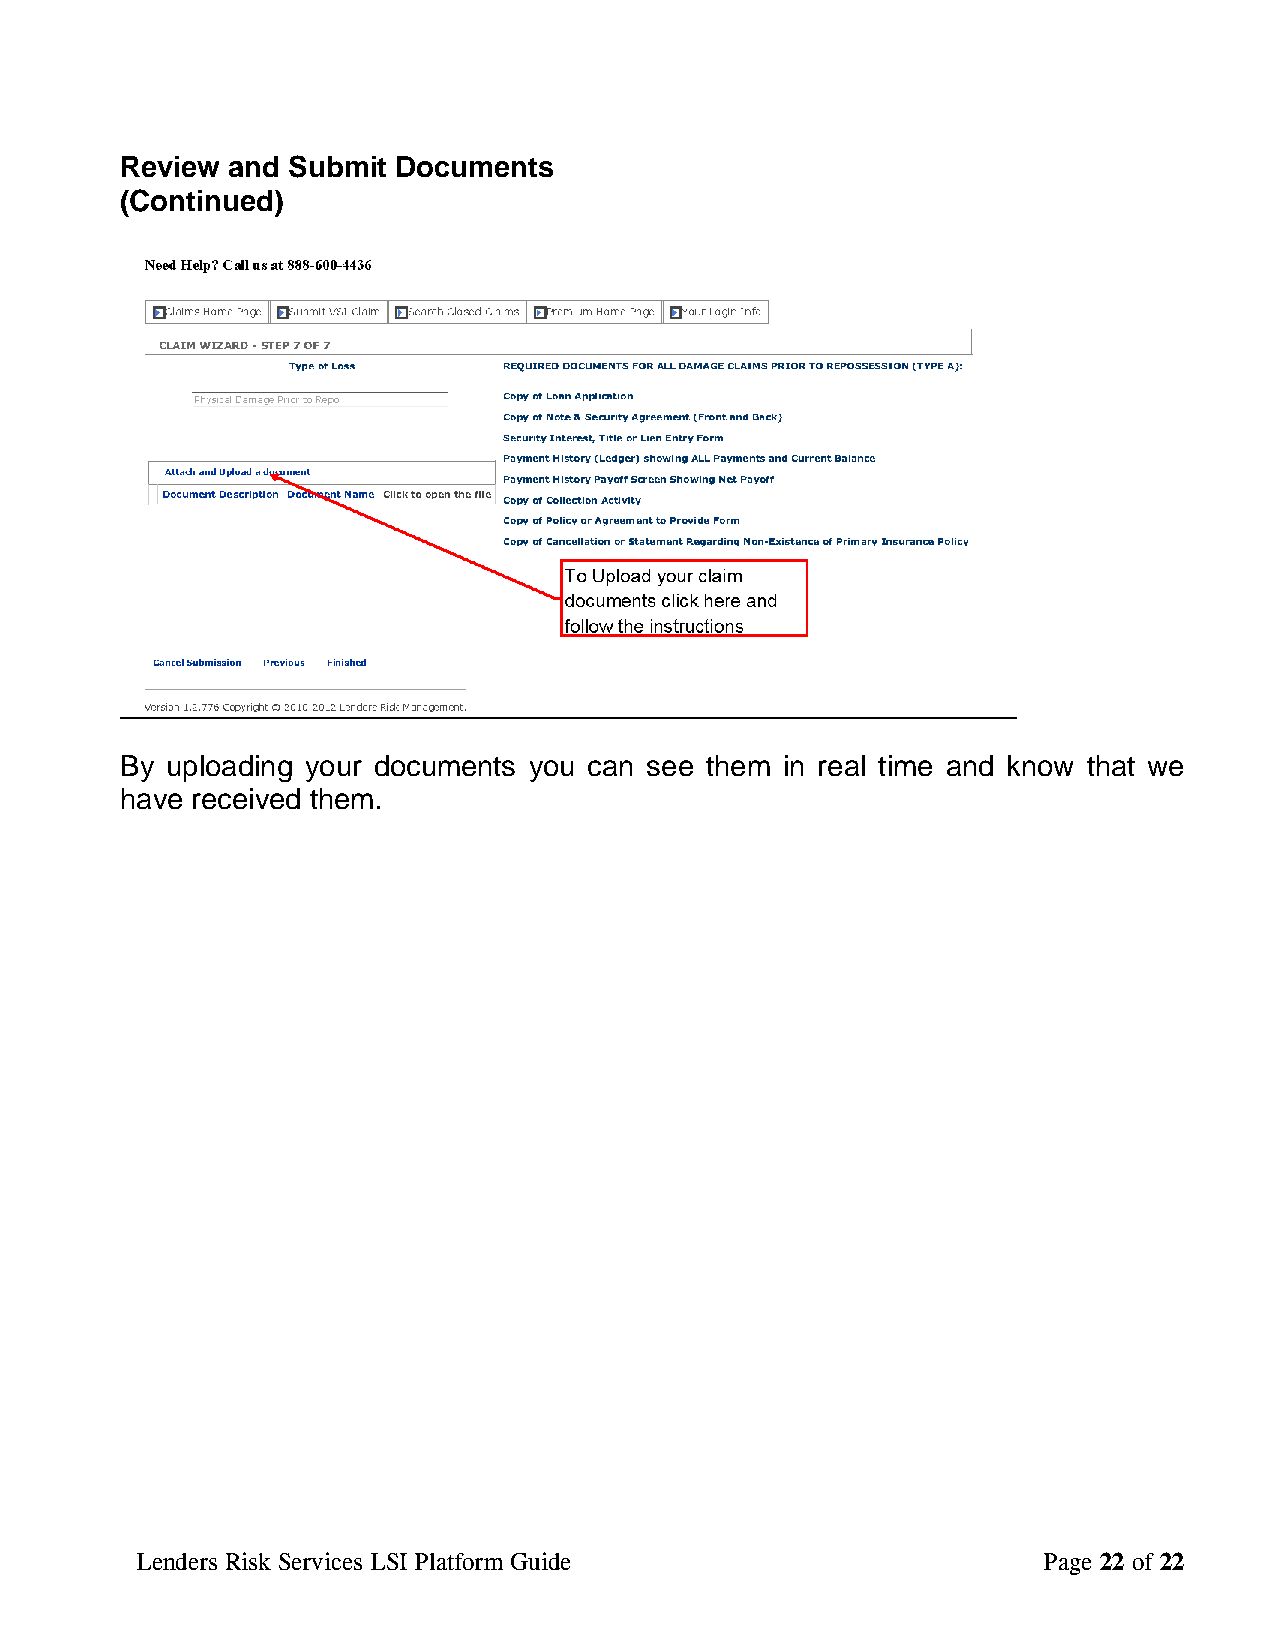
Review and Submit Documents
 (Continued)
 By uploading your documents you can see them in real time and know that we
 have received them.
 Lenders Risk Services LSI Platform Guide                    Page 22 of 22